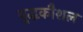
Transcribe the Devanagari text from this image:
यु्द्धकौशल